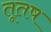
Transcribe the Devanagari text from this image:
तूतष